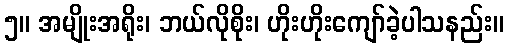
၅။ အမျိုးအရိုး၊ ဘယ်လိုစိုး၊ ဟိုးဟိုးကျော်ခဲ့ပါသနည်း။